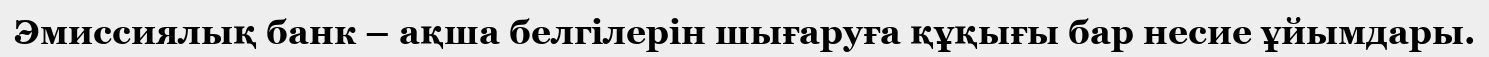
Эмиссиялық банк – ақша белгілерін шығаруға құқығы бар несие ұйымдары.